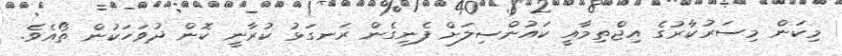
މިކަން މިސަރުކާރުގެ އިޖްތިމާއީ ކައުންސިލަށް ފެނިގެން ރަނގަޅު ކުރާނީ ކޮން ދުވަހަކުން ތޯއެވެ.